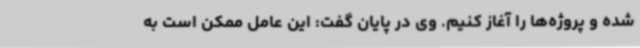
شده و پروژه‌ها را آغاز کنیم. وی در پایان گفت: این عامل ممکن است به